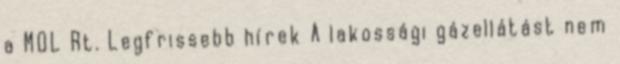
a MOL Rt. Legfrissebb hírek A lakossági gázellátást nem